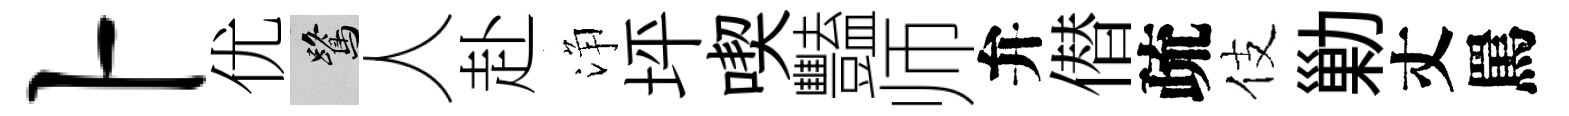
卜优鷺人赴浄坪喫豔师弁僣疏伎勦丈罵